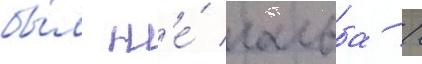
бы́л н'е́ гальба /